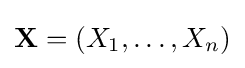
\mathbf {X} =(X_{1},\ldots ,X_{n})